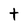
Character: t